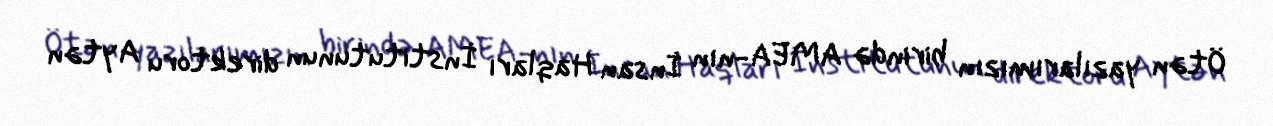
Ötən yazılarımızın birində AMEA-nın İnsan Haqları İnstitutunun direktoru Aytən